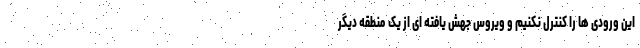
این ورودی ها را کنترل نکنیم و ویروس جهش یافته ای از یک منطقه دیگر